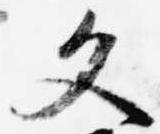
文